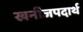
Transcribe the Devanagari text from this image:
खनीजपदार्थ